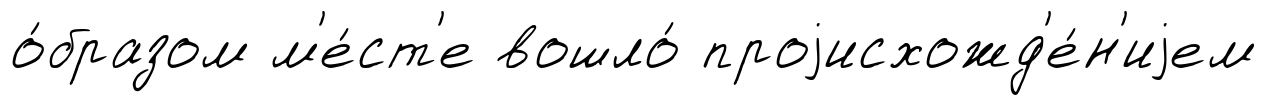
о́бразом м'е́ст'е вошло́ проjисхожд'е́н'иjем